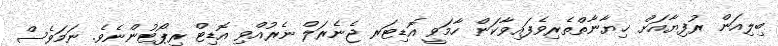
ބިލިއަން ރުފިޔާއަށް ޚިޔާނާތްތެރިވެފައިވާކަން ހާމަވީ އޮޑިޓަރ ޖެނެރަލް ނެރުއްވި އޮޑިޓް ރިޕޯޓުންނެވެ. ނަމަވެސް